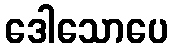
ဒေါသောပေ